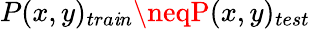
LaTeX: P(x,y)_{tra\mathit{i}n}\neqP(x,y)_{test}